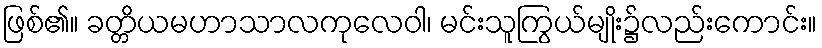
ဖြစ်၏။ ခတ္တိယမဟာသာလကုလေဝါ၊ မင်းသူကြွယ်မျိုး၌လည်းကောင်း။